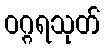
ဝဂ္ဂရသုတ်